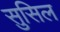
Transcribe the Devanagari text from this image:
सुसिल